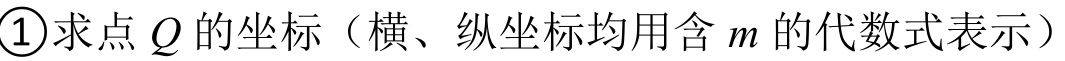
\textcircled{1}求点\(Q\)的坐标（横、纵坐标均用含\(m\)的代数式表示）